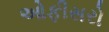
ઓફીસરો